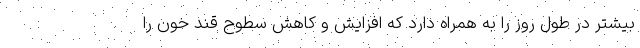
بیشتر در طول روز را به همراه دارد که افزایش و کاهش سطوح قند خون را